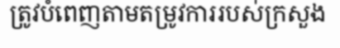
ត្រូវបំពេញតាមតម្រូវការរបស់ក្រសួង